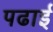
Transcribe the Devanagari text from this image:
पढार्इ